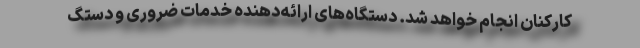
کارکنان انجام خواهد شد. دستگاه‌های ارائه‌دهنده خدمات ضروری و دستگ